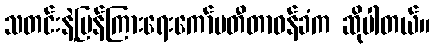
သတင်းနဲ့ပြန်ကြားရေးကော်မတီတာဝန်ခံက ဆိုပါတယ်။